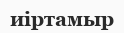
иіртамыр